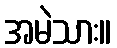
အမဲသား။